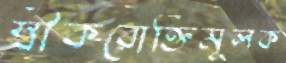
স্বীকরোক্তিমূলক